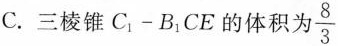
C. 三棱锥C_{1}-B_{1}CE的体积为 \frac{8}{3}